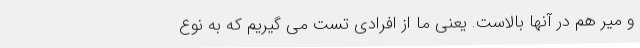
و میر هم در آنها بالاست. یعنی ما از افرادی تست می گیریم که به نوع